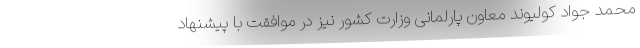
محمد جواد کولیوند معاون پارلمانی وزارت کشور نیز در موافقت با پیشنهاد